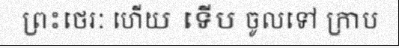
ព្រះថេរៈ ហើយ ទើប ចូលទៅ ក្រាប